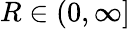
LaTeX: R\in(0,\infty]